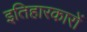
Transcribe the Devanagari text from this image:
इतिहारकारों